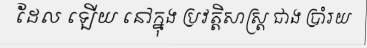
ដែល ឡើយ នៅក្នុង ប្រវត្តិសាស្ត្រ ជាង ប្រាំរយ